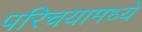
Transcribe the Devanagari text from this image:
परिचयामध्ये